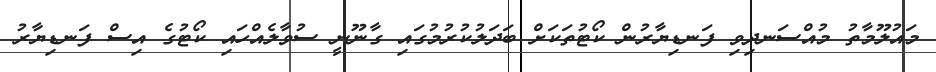
މައުލޫމާތު މުއްސަނދިވި ފަނޑިޔާރުން ކޯޓުތަކަށް ބަދަލުކުރުމުގައި ގާނޫނީ ސުވާލެއްހައި ކޯޓުގެ އިސް ފަނޑިޔާރު